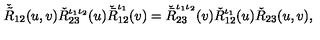
\check { \tilde { R } } _ { 1 2 } ( u , v ) \check { R } _ { 2 3 } ^ { \iota _ { 1 } \iota _ { 2 } } ( u ) \check { \bar { R } } _ { 1 2 } ^ { \iota _ { 1 } } ( v ) = \check { \bar { R } } _ { 2 3 } ^ { \iota _ { 1 } \iota _ { 2 } } ( v ) \check { R } _ { 1 2 } ^ { \iota _ { 1 } } ( u ) \check { R } _ { 2 3 } ( u , v ) ,